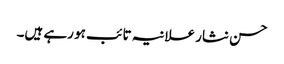
حسن نثار علانیہ تائب ہو رہے ہیں۔